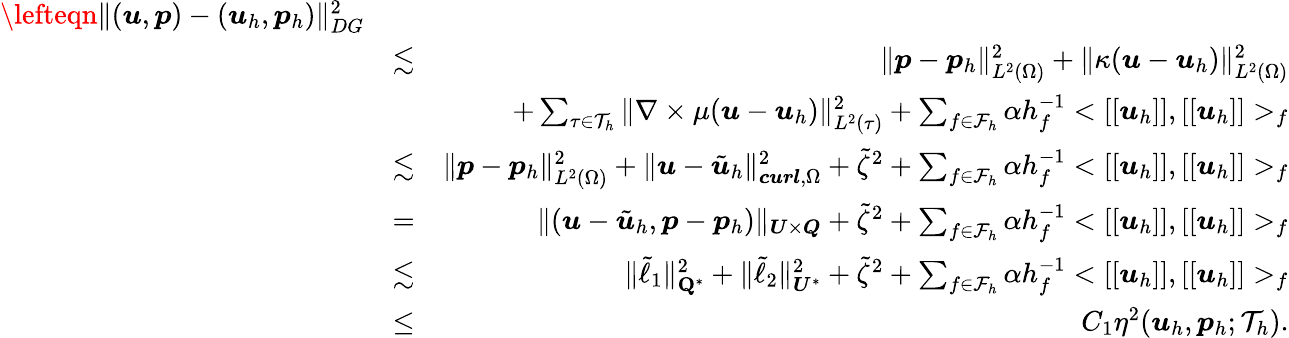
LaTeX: \begin{array}{rlr}{\lefteqn{\| (\boldsymbol{u},\boldsymbol{p})-(\boldsymbol{u}_{h},\boldsymbol{p}_{h})\| _{DG}^{2}}}\\ &{\lesssim}&{\| \boldsymbol{p}-\boldsymbol{p}_{h}\| _{L^{2}(\Omega)}^{2}+\| \kappa(\boldsymbol{u}-\boldsymbol{u}_{h})\| _{L^{2}(\Omega)}^{2}}\\ &{}&{+\sum_{\tau\in\mathcal{T}_{h}}\| \nabla\times\mu({\boldsymbol{u}}-\boldsymbol{u}_{h})\| _{L^{2}(\tau)}^{2}+\sum_{f\in\mathcal{F}_{h}}\alpha h_{f}^{-1}<[[\boldsymbol{u}_{h}]],[[\boldsymbol{u}_{h}]]>_{f}}\\ &{\lesssim}&{\| \boldsymbol{p}-\boldsymbol{p}_{h}\| _{L^{2}(\Omega)}^{2}+\| \boldsymbol{u}-\tilde{\boldsymbol{u}}_{h}\| _{\boldsymbol{curl},\Omega}^{2}+\tilde{\zeta}^{2}+\sum_{f\in\mathcal{F}_{h}}\alpha h_{f}^{-1}<[[\boldsymbol{u}_{h}]],[[\boldsymbol{u}_{h}]]>_{f}}\\ &{=}&{\| (\boldsymbol{u}-\tilde{\boldsymbol{u}}_{h},\boldsymbol{p}-\boldsymbol{p}_{h})\| _{\boldsymbol{U}\times\boldsymbol{Q}}+\tilde{\zeta}^{2}+\sum_{f\in\mathcal{F}_{h}}\alpha h_{f}^{-1}<[[\boldsymbol{u}_{h}]],[[\boldsymbol{u}_{h}]]>_{f}}\\ &{\lesssim}&{\| \tilde{\ell}_{1}\| _{\mathbf{Q}^{*}}^{2}+\| \tilde{\ell}_{2}\| _{\boldsymbol{U}^{*}}^{2}+\tilde{\zeta}^{2}+\sum_{f\in\mathcal{F}_{h}}\alpha h_{f}^{-1}<[[\boldsymbol{u}_{h}]],[[\boldsymbol{u}_{h}]]>_{f}}\\ &{\leq}&{C_{1}\eta^{2}(\boldsymbol{u}_{h},\boldsymbol{p}_{h};\mathcal{T}_{h}).}\end{array}